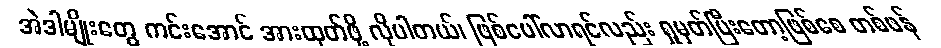
အဲဒါမျိုးတွေ ကင်းအောင် အားထုတ်ဖို့ လိုပါတယ်၊ ဖြစ်ပေါ်လာရင်လည်း ရှုမှတ်ပြီးတော့ဖြစ်စေ တစ်ဖန်